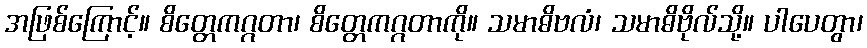
အဖြစ်ကြောင့်။ စိတ္တေကဂ္ဂတာ၊ စိတ္တေကဂ္ဂတာကို။ သမာဓိဗလံ၊ သမာဓိဗိုလ်သို့။ ပါပေတွာ၊